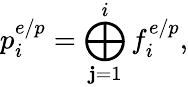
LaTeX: p_{i}^{e/p}=\bigoplus_{\mathbf{j}=1}^{i}f_{i}^{e/p},